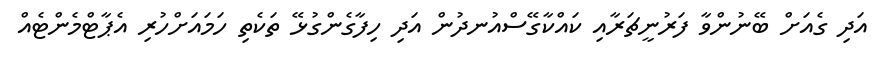
އަދި ގެއަށް ބޭނުންވާ ފަރުނީޗަރާއި ކައްކާގޭސްއުނދުން އަދި ހިފާގެންގުޅޭ ތަކެތި ހަމައަށްހުރި އެޕާޓްމެންޓެއް